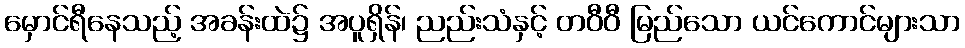
မှောင်ရီနေသည့် အခန်းထဲ၌ အပူရှိန်၊ ညည်းသံနှင့် တဝီဝီ မြည်သော ယင်ကောင်များသာ